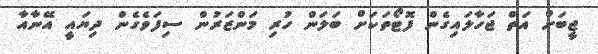
ޖީބަށް އަތް ޖަހާލައިގެން ފޮޓޯތަކަށް ބަލަން ހުރި މަންޒަރުން ސިފަވެގެން ދިޔައީ އޭނާއާ